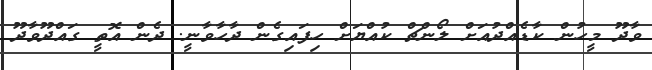
ވާދޫ މީހުން ކާޑެއްދުއަށް ލޯންޗް ކުއްޔަށް ހިފައިގެން ދާހާވާނީ. ދެން އޮތީ ގައްދޫވާދޫ